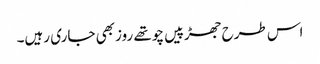
اس طرح جھڑپیں چوتھے روزبھی جاری رہیں۔